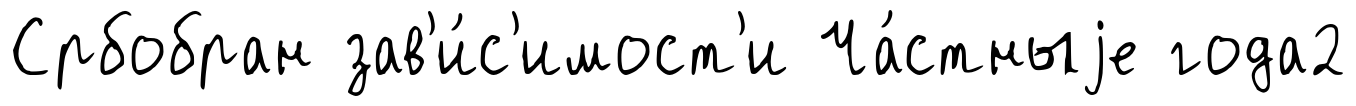
Србобран зав'и́с'имост'и Ча́стныjе года2